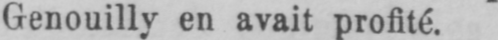
Genouilly en avait profité.